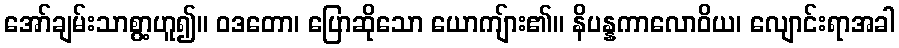
အော်ချမ်းသာစွာ့ဟူ၍။ ဝဒတော၊ ပြောဆိုသော ယောကျ်ား၏။ နိပန္နကာလောဝိယ၊ လျောင်းရာအခါ